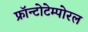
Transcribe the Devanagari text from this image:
फ्रॉन्टोटेम्पोरल